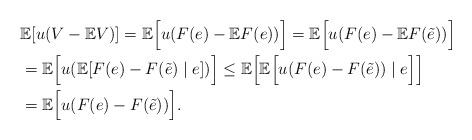
LaTeX: \begin{align*}&\mathbb{E}[u(V-\mathbb{E}V)] =\mathbb{E}\Big[u(F(e)-\mathbb{E}F(e))\Big] =\mathbb{E}\Big[u(F(e)-\mathbb{E}F(\tilde e))\Big] \\& =\mathbb{E}\Big[u(\mathbb{E}[F(e)-F(\tilde e)\mid e])\Big] \leq\mathbb{E}\Big[\mathbb{E}\Big[u(F(e)-F(\tilde e))\mid e\Big]\Big] \\&=\mathbb{E}\Big[u(F(e)-F(\tilde e))\Big].\end{align*}